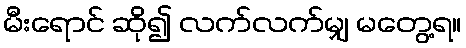
မီးရောင် ဆို၍ လက်လက်မျှ မတွေ့ရ။